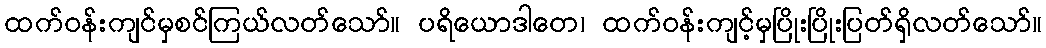
ထက်ဝန်းကျင်မှစင်ကြယ်လတ်သော်။ ပရိယောဒါတေ၊ ထက်ဝန်းကျင့်မှပြိုးပြိုးပြတ်ရှိလတ်သော်။